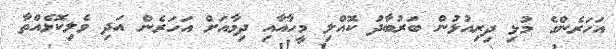
އަހަރެންގެ މުޅި ދިރިއުޅުން ބަރުބާދު ކޮއްލި މީހާއާއި ދިމާއަށް އަހަރެން އަދި ވެލިކޮޅެއްތާ